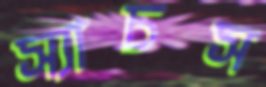
স্যাচস